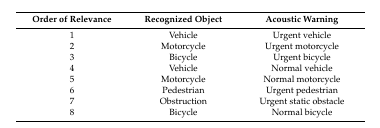
<table><thead><tr><td><b>Order of Relevance</b></td><td><b>Recognized Object</b></td><td><b>Acoustic Warning</b></td></tr></thead><tbody><tr><td>1</td><td>Vehicle</td><td>Urgent vehicle</td></tr><tr><td>2</td><td>Motorcycle</td><td>Urgent motorcycle</td></tr><tr><td>3</td><td>Bicycle</td><td>Urgent bicycle</td></tr><tr><td>4</td><td>Vehicle</td><td>Normal vehicle</td></tr><tr><td>5</td><td>Motorcycle</td><td>Normal motorcycle</td></tr><tr><td>6</td><td>Pedestrian</td><td>Urgent pedestrian</td></tr><tr><td>7</td><td>Obstruction</td><td>Urgent static obstacle</td></tr><tr><td>8</td><td>Bicycle</td><td>Normal bicycle</td></tr></tbody></table>